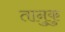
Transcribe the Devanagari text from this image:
तानुकु